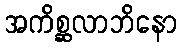
အကိစ္ဆလာဘိနော